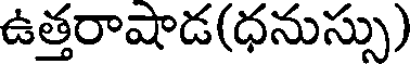
ఉత్తరాషాడ(ధనుస్సు)